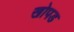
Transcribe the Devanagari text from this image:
खोपड